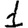
Digit: 1